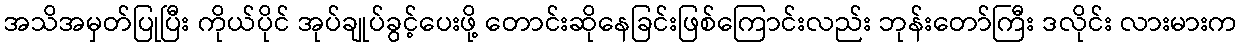
အသိအမှတ်ပြုပြီး ကိုယ်ပိုင် အုပ်ချုပ်ခွင့်ပေးဖို့ တောင်းဆိုနေခြင်းဖြစ်ကြောင်းလည်း ဘုန်းတော်ကြီး ဒလိုင်း လားမားက